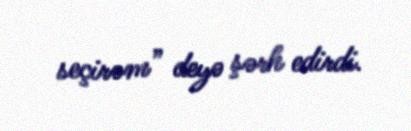
seçirəm” deyə şərh edirdi.